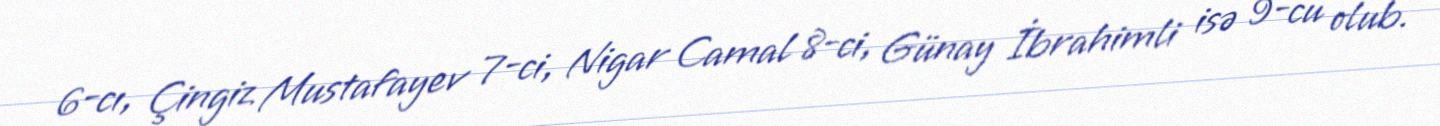
6-cı, Çingiz Mustafayev 7-ci, Nigar Camal 8-ci, Günay İbrahimli isə 9-cu olub.